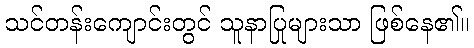
သင်တန်းကျောင်းတွင် သူနာပြုများသာ ဖြစ်နေ၏။